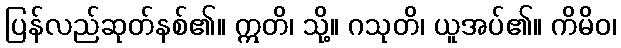
ပြန်လည်ဆုတ်နစ်၏။ ဣတိ၊ သို့။ ဂသုတိ၊ ယူအပ်၏။ ကိမိဝ၊